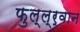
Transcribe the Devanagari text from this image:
फुल्ल्र्वान